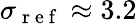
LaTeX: \sigma_{\mathrm{~r~e~f~}}\approx 3.2